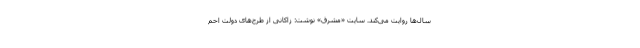
سال‌ها روایت می‌کند. سایت «مشرق» نوشت: زاکانی از طرح‌های دولت احم